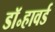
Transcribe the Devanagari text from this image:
डॉ॰हावर्ड